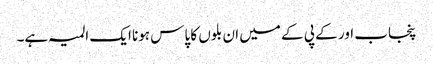
پنجاب اور کے پی کے میں ان بلوں کا پاس ہونا ایک المیہ ہے۔